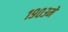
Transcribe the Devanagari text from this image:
१९०३में